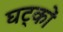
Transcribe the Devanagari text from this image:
घट्कों